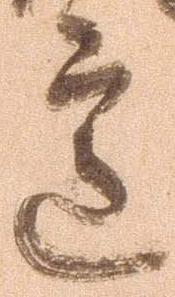
意